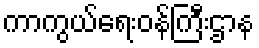
ကာကွယ်ရေးဝန်ကြီးဌာန